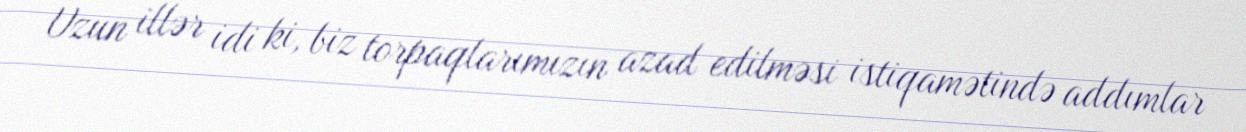
Uzun illər idi ki, biz torpaqlarımızın azad edilməsi istiqamətində addımlar